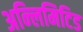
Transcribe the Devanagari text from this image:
अन्लिमिटिड